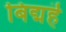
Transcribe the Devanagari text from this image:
बिद्महॆ